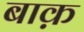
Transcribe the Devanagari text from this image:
बाक़